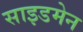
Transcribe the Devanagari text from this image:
साइडमेन